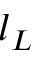
l _ { L }